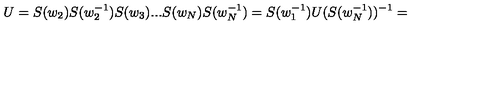
U = S ( w _ { 2 } ) S ( w _ { 2 } ^ { - 1 } ) S ( w _ { 3 } ) . . . S ( w _ { N } ) S ( w _ { N } ^ { - 1 } ) = S ( w _ { 1 } ^ { - 1 } ) U ( S ( w _ { N } ^ { - 1 } ) ) ^ { - 1 } =